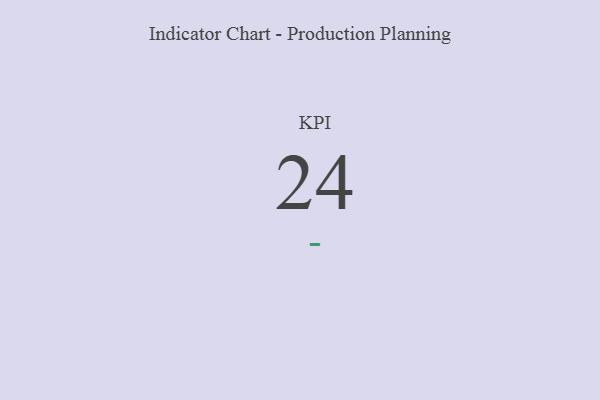
{"axis": {"x": "KPI", "y": "Value"}, "legend": [""], "data": [{"x": "KPI", "y": 24, "type": ""}]}